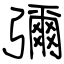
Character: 彌